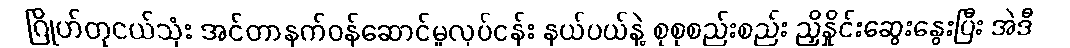
ဂြိုဟ်တုငယ်သုံး အင်တာနက်ဝန်ဆောင်မှုလုပ်ငန်း နယ်ပယ်နဲ့ စုစုစည်းစည်း ညှိနှိုင်းဆွေးနွေးပြီး အဲဒီ